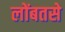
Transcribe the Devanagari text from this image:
लोंबतसे